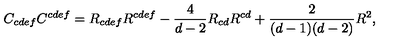
C _ { c d e f } C ^ { c d e f } = R _ { c d e f } R ^ { c d e f } - { \frac { 4 } { d - 2 } } R _ { c d } R ^ { c d } + { \frac { 2 } { ( d - 1 ) ( d - 2 ) } } R ^ { 2 } ,